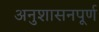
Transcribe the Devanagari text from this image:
अनुशासनपूर्ण